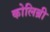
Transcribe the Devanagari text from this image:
कोलिब्री